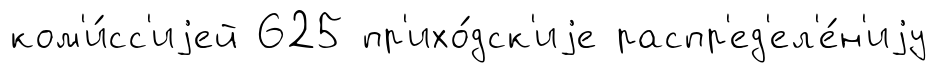
ком'и́сс'иjей 625 пр'ихо́дск'иjе распр'ед'ел'е́н'иjу